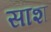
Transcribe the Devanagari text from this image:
साश